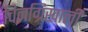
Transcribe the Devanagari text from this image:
चिनग्रिखाली